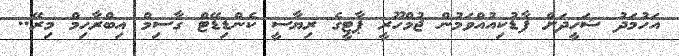
އަހުމަދު ޝަހީދަށް ފާޑުކިއުއްވަމުން ޖުމްހޫރީ ޕާޓީގެ ރިޔާސީ ކެންޑިޑޭޓް ގާސިމް އިބްރާހިމް މިރޭ..